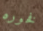
فخوره